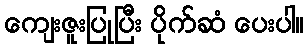
ကျေးဇူးပြုပြီး ပိုက်ဆံ ပေးပါ။